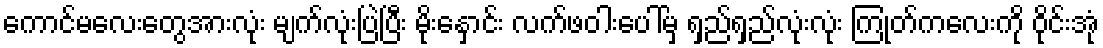
ကောင်မလေးတွေအားလုံး မျက်လုံးပြဲပြီး မိုးနှောင်း လက်ဖဝါးပေါ်မှ ရှည်ရှည်လုံးလုံး ကြုတ်ကလေးကို ဝိုင်းအုံ